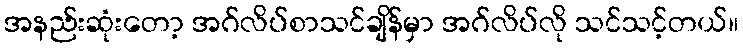
အနည်းဆုံးတော့ အဂ်လိပ်စာသင်ချိန်မှာ အဂ်လိပ်လို သင်သင့်တယ်။